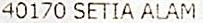
40170 SETIA ALAM